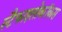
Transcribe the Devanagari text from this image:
स्टैफाइलोकॉकस